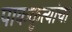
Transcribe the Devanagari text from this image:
पाककृत्यांचा